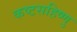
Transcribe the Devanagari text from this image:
कष्टसहिष्णु